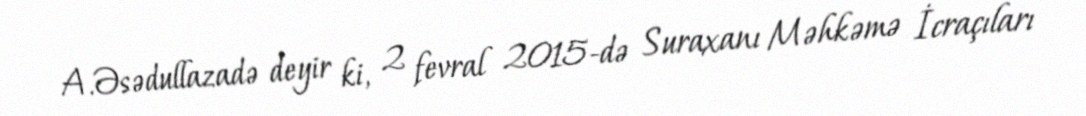
A.Əsədullazadə deyir ki, 2 fevral 2015-də Suraxanı Məhkəmə İcraçıları